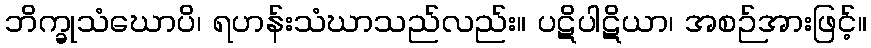
ဘိက္ခုသံဃောပိ၊ ရဟန်းသံဃာသည်လည်း။ ပဋိပါဋိယာ၊ အစဉ်အားဖြင့်။